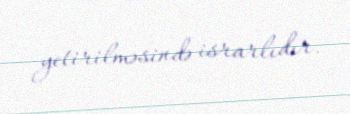
yetirilməsində israrlıdır.